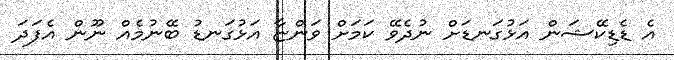
އެ ޑެޑިކޭޝަން އަޅުގަނޑަށް ނުދެވޭ ކަމަށް ވަންޏާ އަޅުގަނޑު ބޭނުމެއް ނޫން އެފަދަ